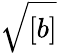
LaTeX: \sqrt{[b]}